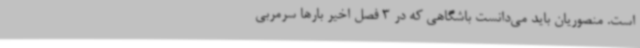
است. منصوریان باید می‌دانست باشگاهی که در 3 فصل اخیر بارها سرمربی